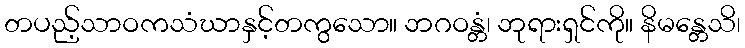
တပည့်သာဝကသံဃာနှင့်တကွသော။ ဘဂဝန္တံ၊ ဘုရားရှင်ကို။ နိမန္တေသိ၊